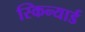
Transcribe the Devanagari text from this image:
स्किन्यार्ड